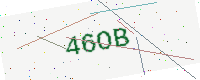
Text: 46OB